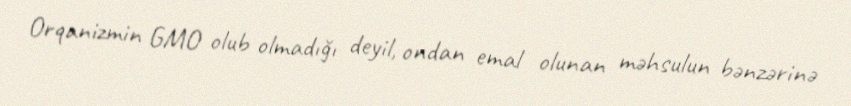
Orqanizmin GMO olub olmadığı deyil, ondan emal olunan məhsulun bənzərinə